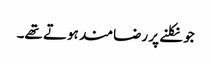
جو نکلنے پر رضامند ہوتے تھے۔